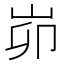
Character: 峁